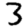
Digit: 3